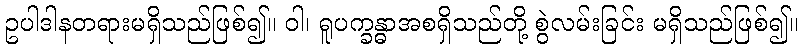
ဥပါဒါနတရားမရှိသည်ဖြစ်၍။ ဝါ၊ ရူပက္ခန္ဓာအစရှိသည်တို့ စွဲလမ်းခြင်း မရှိသည်ဖြစ်၍။